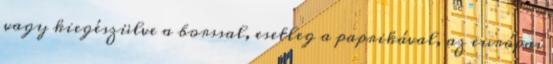
vagy kiegészülve a borssal, esetleg a paprikával, az európai